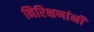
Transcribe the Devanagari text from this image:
निरिक्षणांनी